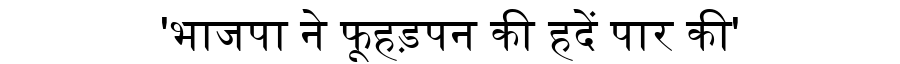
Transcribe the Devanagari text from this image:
'भाजपा ने फूहड़पन की हदें पार की'